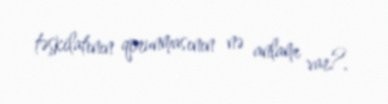
təşkilatının qorunmasının nə anlamı var?.